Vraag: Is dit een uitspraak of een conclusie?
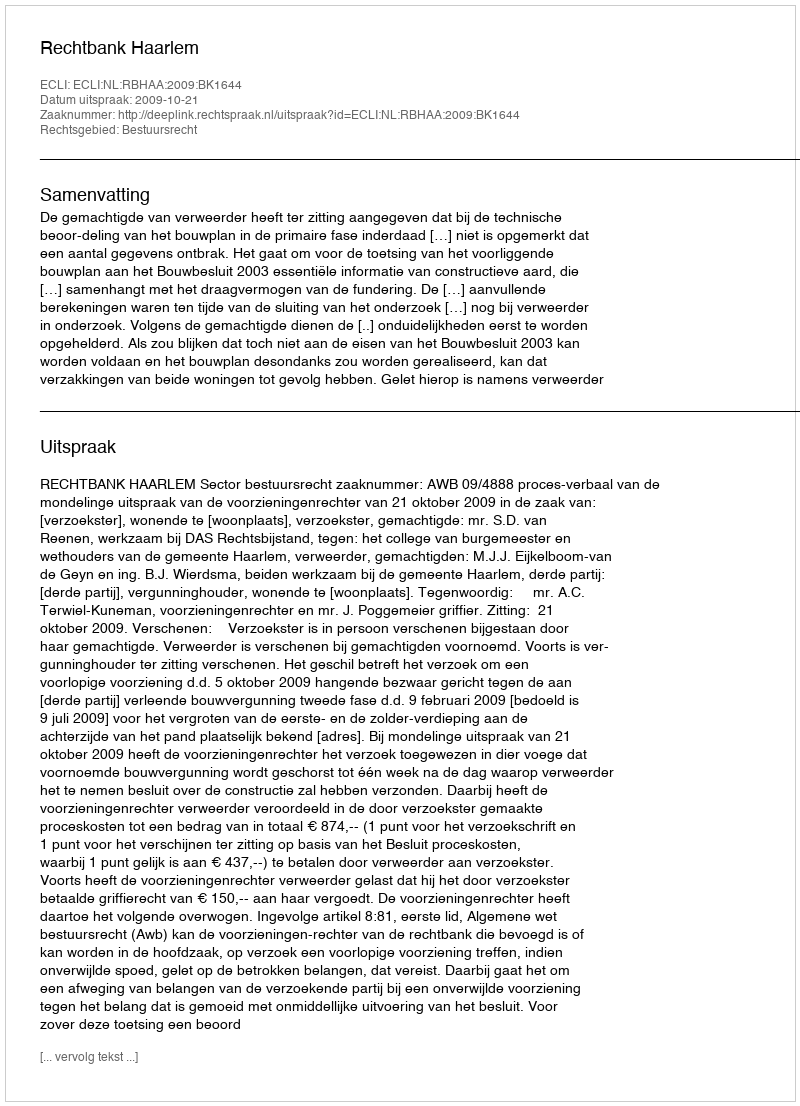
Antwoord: Uitspraak